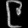
Digit: ၉